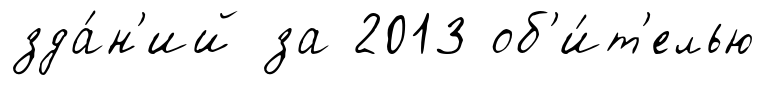
зда́н'ий за 2013 об'и́т'елью